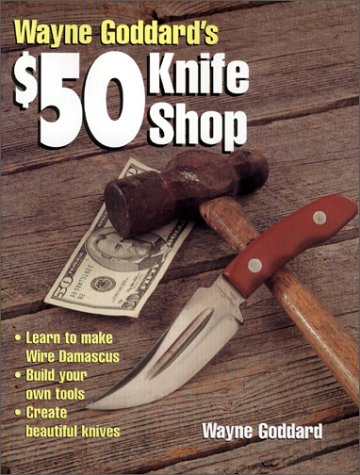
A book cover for Wayne Goddard's $50 Knife Shop; Wayne Goddard; Crafts, Hobbies & Home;